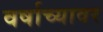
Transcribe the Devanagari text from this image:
वर्षाच्यावर